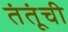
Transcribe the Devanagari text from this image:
तंतूंची